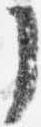
了